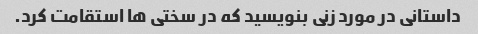
داستانی در مورد زنی بنویسید که در سختی ها استقامت کرد.